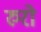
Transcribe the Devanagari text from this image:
रुरो